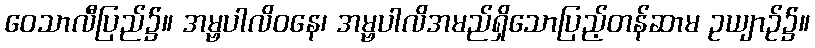
ဝေသာလီပြည်၌။ အမ္ဗပါလိဝနေ၊ အမ္ဗပါလိအမည်ရှိသောပြည့်တန်ဆာမ ဥယျာဉ်၌။